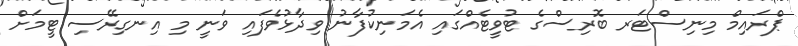
ޕްރައިމް މިނިސްޓަރ ބޮރިސްގެ ޓުވީޓެއްގައި އެމަނިކުފާނު ވިދާޅުވެފައި ވަނީ މި އިނގިރޭސި ޓީމަށް